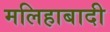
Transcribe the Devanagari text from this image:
मलिहाबादी